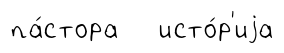
па́стора исто́р'иjа